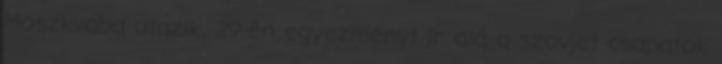
Moszkvába utazik. 29-én egyezményt ír alá a szovjet csapatok